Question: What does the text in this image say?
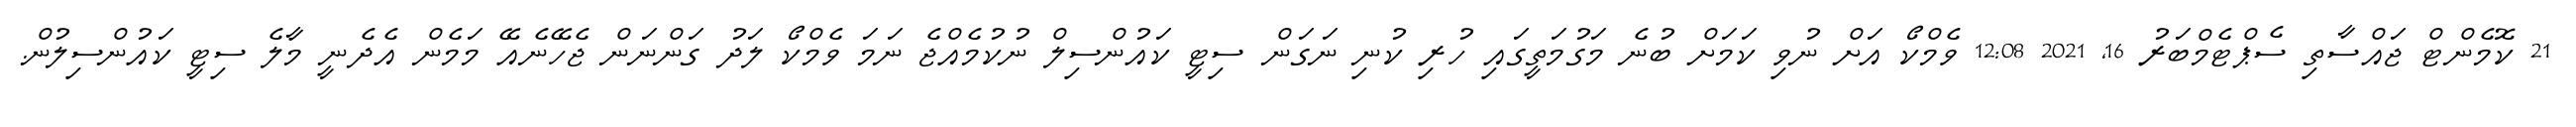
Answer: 21 ކޮމެންޓް ޖައްސާތި ސެޕްޓެމްބަރު 16, 2021 12:08 ވެމްކޯ އަށް ނުވި ކަމަށް ބުނެ މަގުމަތީގައި ހުރި ކުނި ނަގަން ސިޓީ ކައުންސިލް ނުކުމެއްޖެ ނަމަ ވެމްކޯ ލަދު ގަންނަން ޖެހޭނެއޭ މަމެން އެދެނީ މާލެ ސިޓީ ކައުންސިލުން.